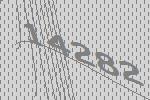
14282